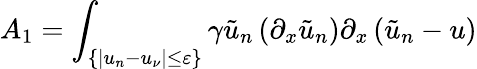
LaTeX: A_{1}=\int_{\{ |u_{n}-u_{\nu}|\leq\varepsilon\} }\gamma\tilde{u}_{n}\left(\partial_{x}\tilde{u}_{n}\right)\partial_{x}\left(\tilde{u}_{n}-u\right)